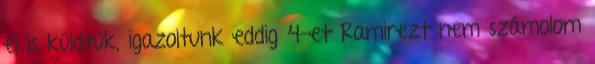
el is küldtük, igazoltunk eddig 4-et Ramirezt nem számolom